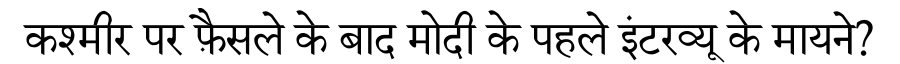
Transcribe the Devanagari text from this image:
कश्मीर पर फ़ैसले के बाद मोदी के पहले इंटरव्यू के मायने?